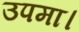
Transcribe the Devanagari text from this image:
उपमा।